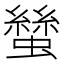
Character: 𧑿